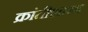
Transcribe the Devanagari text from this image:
क्रांतीशास्त्र